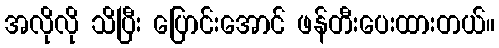
အလိုလို သိပြီး ပြောင်းအောင် ဖန်တီးပေးထားတယ်။